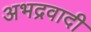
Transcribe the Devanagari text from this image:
अभद्रवादी